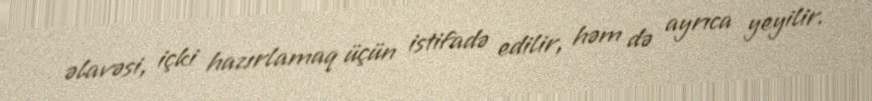
əlavəsi, içki hazırlamaq üçün istifadə edilir, həm də ayrıca yeyilir.